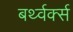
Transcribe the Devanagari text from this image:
बर्थ्वर्क्स